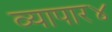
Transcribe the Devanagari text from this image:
व्यापार४